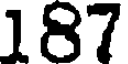
187